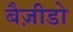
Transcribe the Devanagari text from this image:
बैज़ीडो